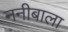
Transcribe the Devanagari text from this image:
ननीबाला